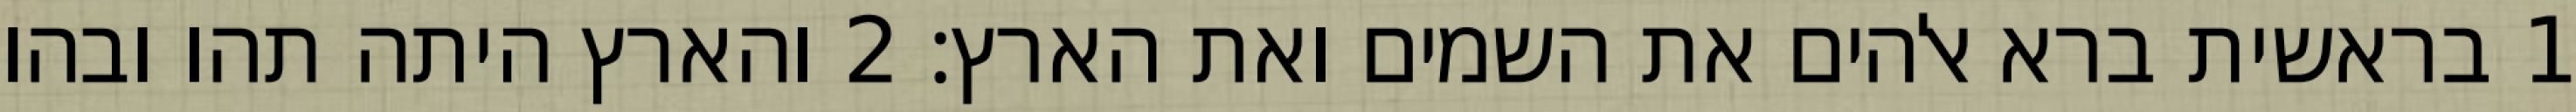
1 בראשית ברא אלהים את השמים ואת הארץ׃ ‎2‏ והארץ היתה תהו ובהו